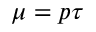
\mu = p \tau